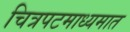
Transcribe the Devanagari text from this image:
चित्रपटमाध्यमात